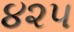
૪૨૫